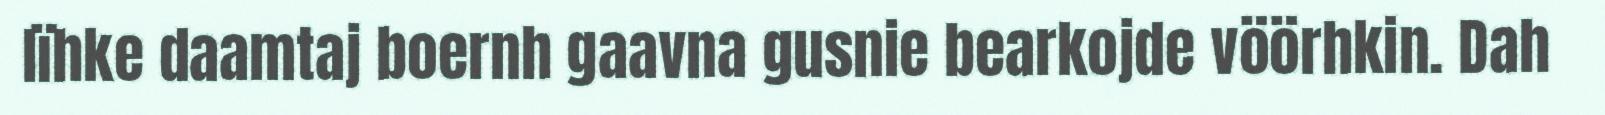
lïhke daamtaj boernh gaavna gusnie bearkojde vöörhkin. Dah